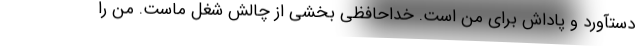
دستآورد و پاداش برای من است. خداحافظی بخشی از چالش شغل ماست. من را